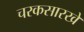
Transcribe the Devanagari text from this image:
चरकसारखे